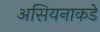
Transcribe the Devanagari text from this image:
असियनाकडे